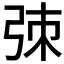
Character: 𫸮